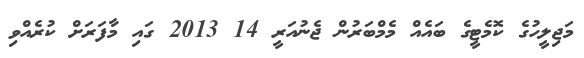
މަޖިލީހުގެ ކޮމެޓީގެ ބައެއް މެމްބަރުން ޖެނުއަރީ 14 2013 ގައި މާފަރަށް ކުރެއްވި